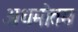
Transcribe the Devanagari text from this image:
अधमोत्तम